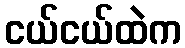
ငယ်ငယ်ထဲက